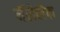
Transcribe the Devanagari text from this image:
नॅरोलैक